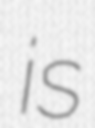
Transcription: is